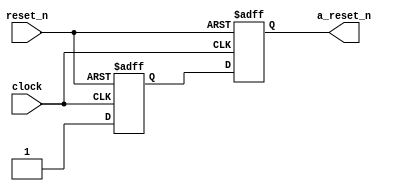
module sync_reset 
(
  input  clock,
  input  reset_n,
  output a_reset_n
);

reg reg_reset_1, reg_reset_2;

assign a_reset_n = reg_reset_2;

always @ (posedge clock, negedge reset_n)
begin
  if (!reset_n)
  begin
    reg_reset_1 <= 1'b0;
    reg_reset_2 <= 1'b0;
  end
  else
  begin
    reg_reset_1 <= 1'b1;
    reg_reset_2 <= reg_reset_1;
  end
end

endmodule